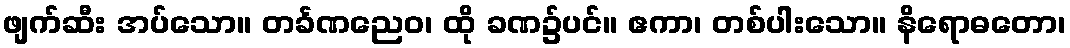
ဖျက်ဆီး အပ်သော။ တင်္ခဏညေဝ၊ ထို ခဏ၌ပင်။ ဧကာ၊ တစ်ပါးသော။ နိရောဓတော၊